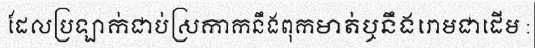
ដែលប្រឡាក់ជាប់ស្រកាកនឹងពុកមាត់ឬនឹងរោមជាដើម :